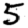
Digit: 5